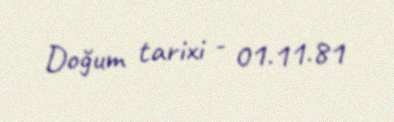
Doğum tarixi - 01.11.81